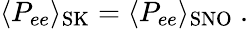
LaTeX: \langle P_{ee}\rangle_{\mathrm{SK}}=\langle P_{ee}\rangle_{\mathrm{SNO}}~.